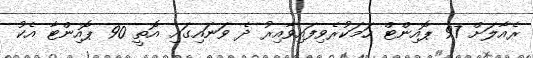
ރެއާލަށް 97 ޕޮއިންޓް ހަމަކުރެވިފައިވާއިރު ދެ ވަނައިގައި އޮތީ 90 ޕޮއިންޓާ އެކު